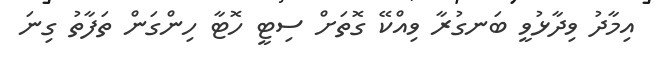
އިމާދު ވިދާޅުވީ ބަނގުރާ ވިއްކޭ ގޮތަށް ސިޓީ ހޮޓާ ހިންގަން ތަފާތު ގިނަ